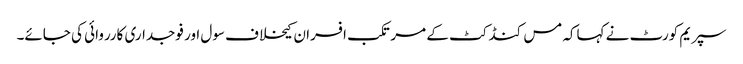
سپریم کورٹ نے کہاکہ مس کنڈکٹ کے مرتکب افسران کیخلاف سول اور فوجداری کارروائی کی جائے۔